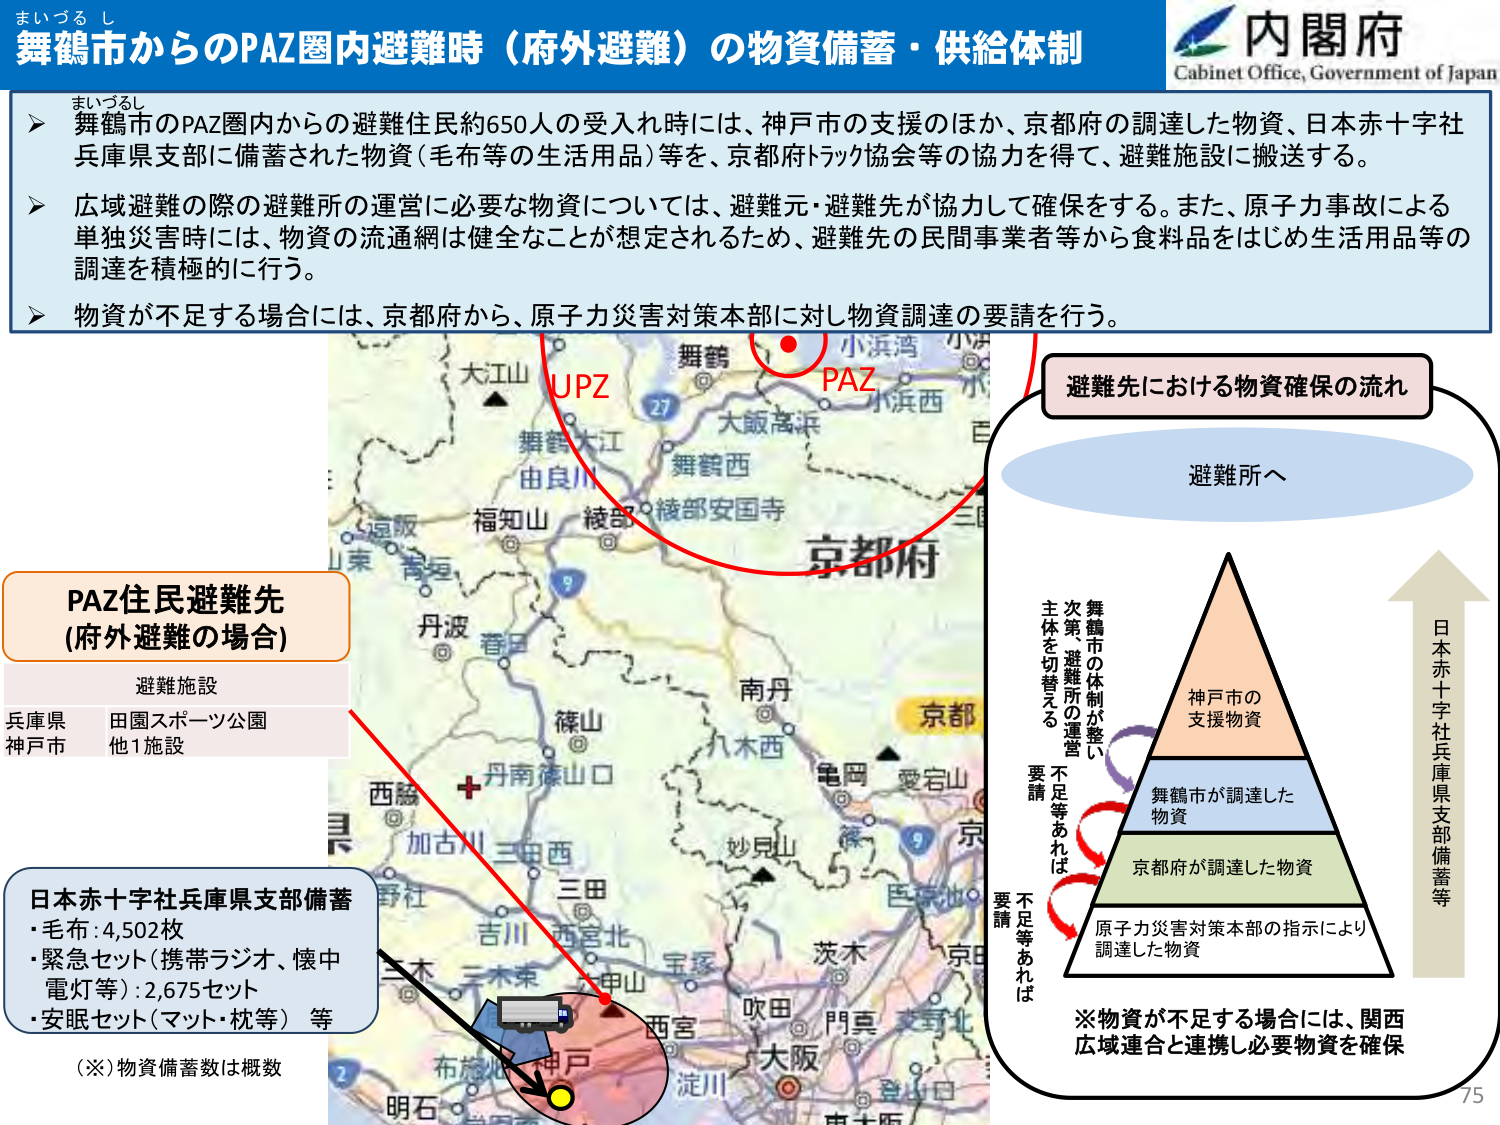
まいづる し
舞鶴市からのPAZ圏内避難時（府外避難）の物資備蓄・供給体制
内閣府
Cabinet Office, Government of Japan

▶ まいづるし
舞鶴市のPAZ圏内からの避難住民約650人の受入れ時には、神戸市の支援のほか、京都府の調達した物資、日本赤十字社兵庫県支部に備蓄された物資（毛布等の生活用品）等を、京都府トラック協会等の協力を得て、避難施設に搬送する。

▶ 広域避難の際の避難所の運営に必要な物資については、避難元・避難先が協力して確保をする。また、原子力事故による単独災害時には、物資の流通網は健全なことが想定されるため、避難先の民間事業者等から食料品をはじめ生活用品等の調達を積極的に行う。

▶ 物資が不足する場合には、京都府から、原子力災害対策本部に対し物資調達の要請を行う。

PAZ住民避難先
(府外避難の場合)
避難施設
兵庫県 田園スポーツ公園
神戸市 他1施設

日本赤十字社兵庫県支部備蓄
・毛布：4,502枚
・緊急セット（携帯ラジオ、懐中電灯等）：2,675セット
・安眠セット（マット・枕等）等
（※）物資備蓄数は概数

UPZ
PAZ
舞鶴
小浜湾
小浜西
大江山
舞鶴大江
由良川
福知山
綾部
綾部安国寺
京都府
丹波
香日
篠山
南丹
八木西
亀岡
愛宕山
京都
丹南渡山口
西脇
加古川
三田西
三田
吉川
西宮北
宝塚
茨木
吹田
門真
交野北
大阪
淀川
登美ヶ丘
神戸
布施
明石
西宮

避難先における物資確保の流れ
避難所へ

舞鶴市の体制が整い
次第、避難所の運営
主体を切替える

神戸市の支援物資
舞鶴市が調達した物資
京都府が調達した物資
原子力災害対策本部の指示により調達した物資

日本赤十字社兵庫県支部備蓄等

不足等あれば
要請
不足等あれば
要請

※物資が不足する場合には、関西広域連合と連携し必要物資を確保

75